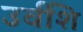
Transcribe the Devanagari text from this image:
उर्वशि